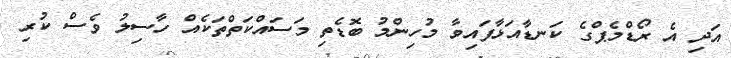
އަދި އެ ރޯޑްމެޕްގެ ކަނޑާއަޅާފައިވާ މުހިންމު ބޮޑެތި މަސައްކަތްތަކެއް ހާސިލު ވެސް ކުރި